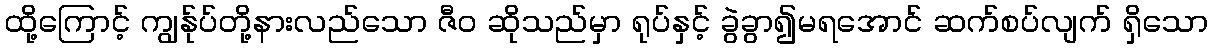
ထို့ကြောင့် ကျွန်ုပ်တို့နားလည်သော ဇီဝ ဆိုသည်မှာ ရုပ်နှင့် ခွဲခွာ၍မရအောင် ဆက်စပ်လျက် ရှိသော